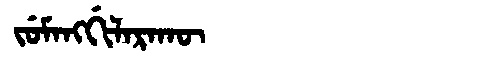
Manchu: ᠵᡠᠮᠠᠩᡤᡳᠯᠠᡵᠠᡴᡡ
Romanization: JUMANGGILARAKŪ